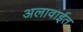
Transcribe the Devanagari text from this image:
अलावाईत